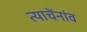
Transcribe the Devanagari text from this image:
त्याचेंनांव